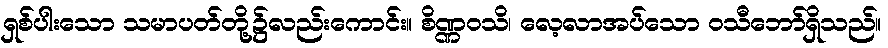
ရှစ်ပါးသော သမာပတ်တို့၌လည်းကောင်း။ စိဏ္ဏဝသိ၊ လေ့လာအပ်သော ဝသီဘော်ရှိသည်။